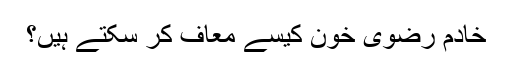
خادم رضوی خون کیسے معاف کر سکتے ہیں؟